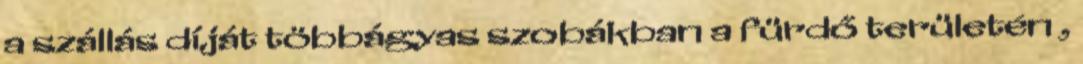
a szállás díját többágyas szobákban a fürdő területén ,